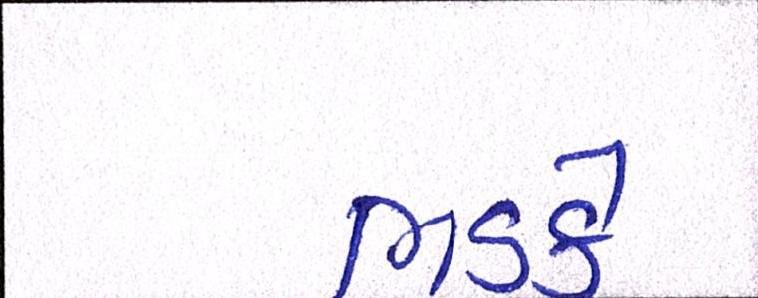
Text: ભડકે